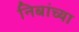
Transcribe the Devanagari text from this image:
निबांच्या